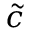
\tilde { c }